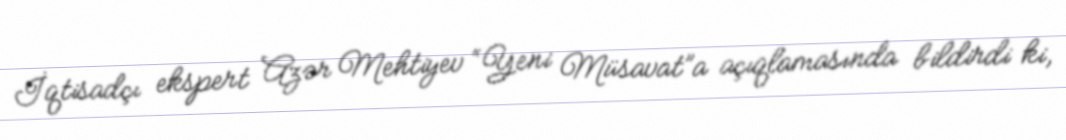
İqtisadçı ekspert Azər Mehtiyev “Yeni Müsavat”a açıqlamasında bildirdi ki,